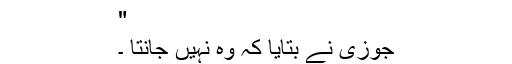
"
جوزی نے بتایا کہ وہ نہیں جانتا ۔